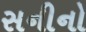
સનીનો